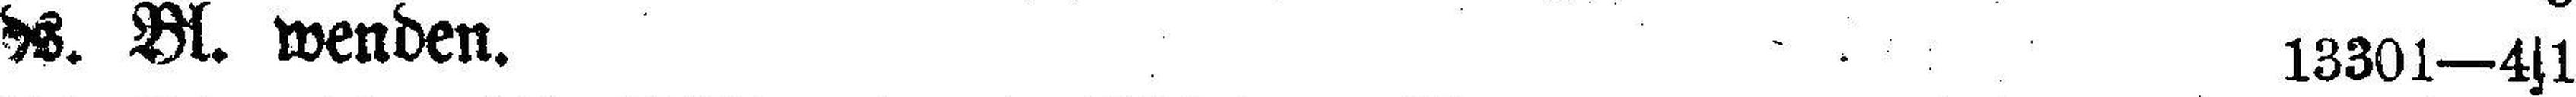
ds. Bl. wenden. 13301—4s1